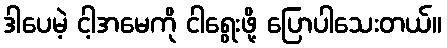
ဒါပေမဲ့ ငါ့အမေကို ငါရွေးဖို့ ပြောပါသေးတယ်။